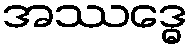
အဿဒ္ဓေ